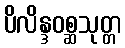
ပိလိန္ဒဝစ္ဆသုတ္တ